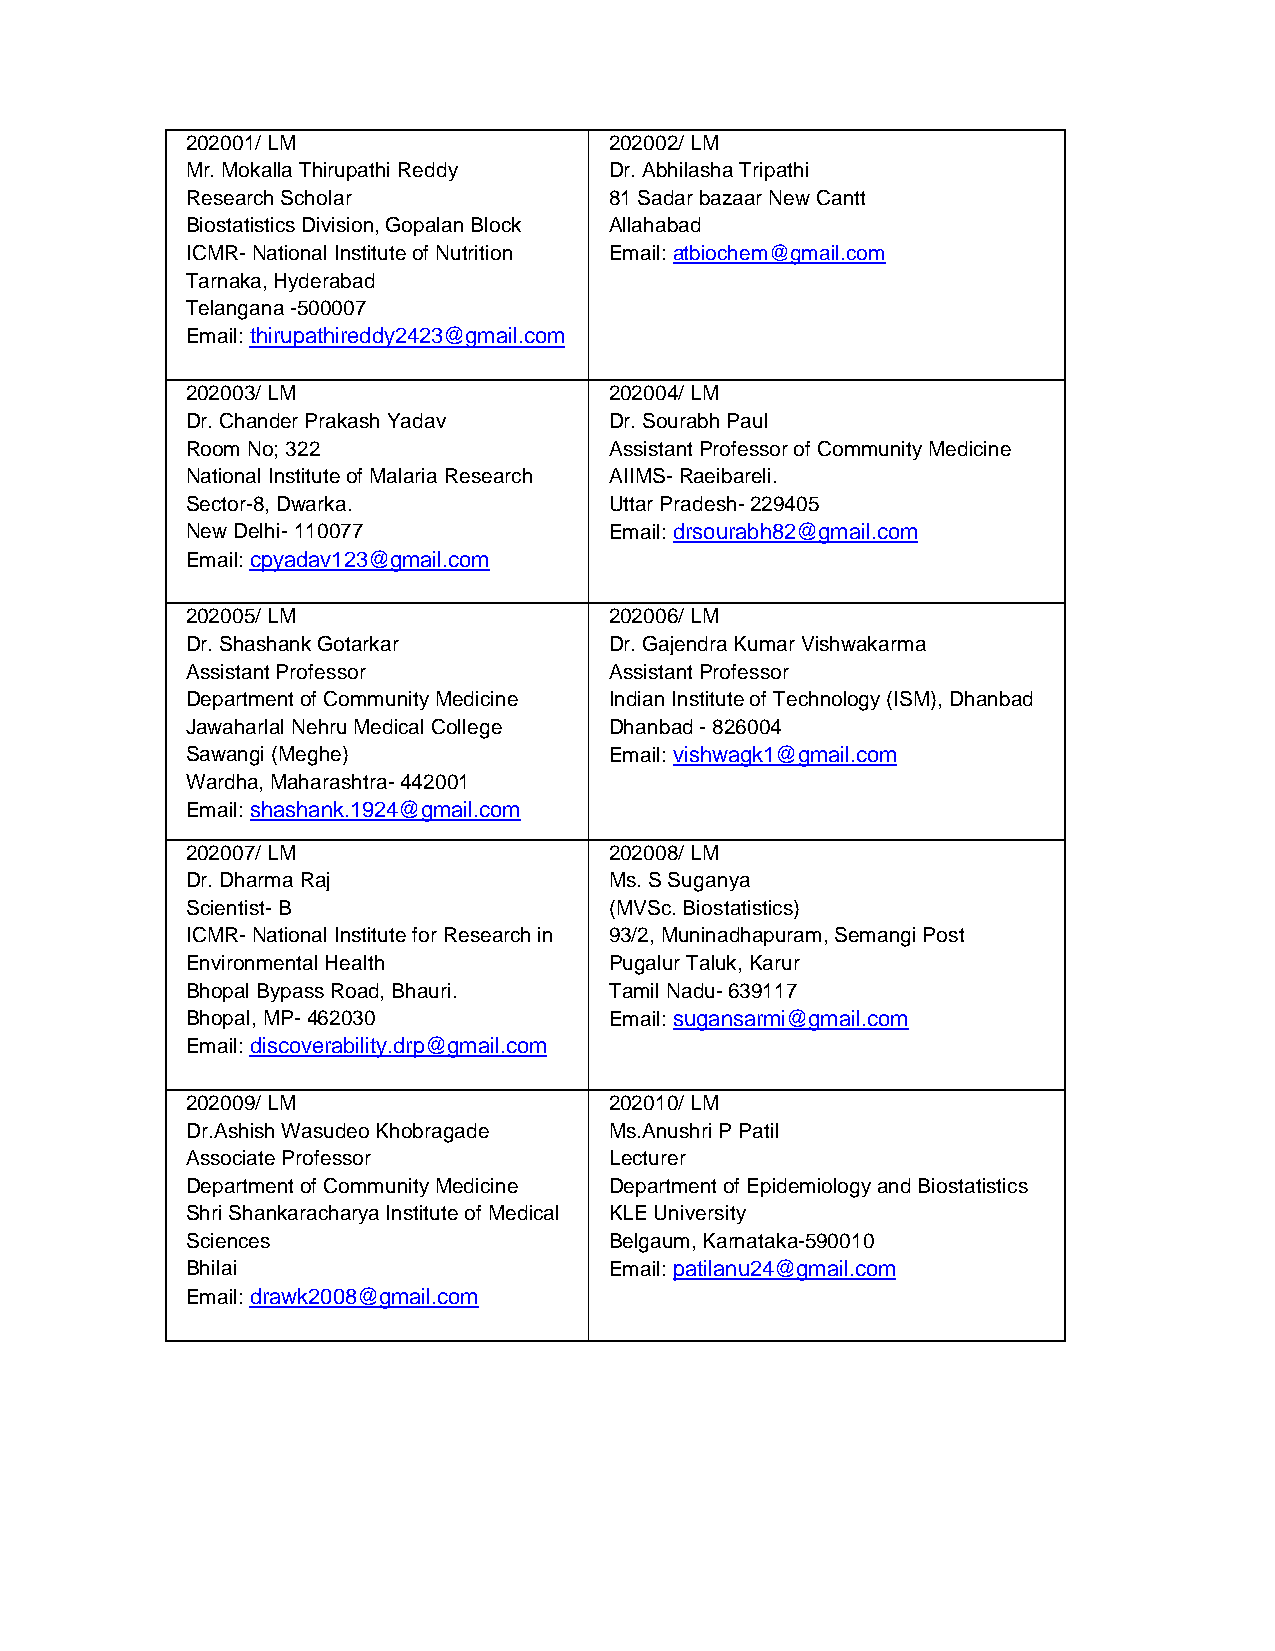
202001/ LM                  202002/ LM
 Mr. Mokalla Thirupathi Reddy Dr. Abhilasha Tripathi
 Research Scholar            81 Sadar bazaar New Cantt
 Biostatistics Division, Gopalan Block Allahabad
 ICMR- National Institute of Nutrition Email: atbiochem@gmail.com
 Tarnaka, Hyderabad
 Telangana -500007
 Email: thirupathireddy2423@gmail.com
 202003/ LM                  202004/ LM
 Dr. Chander Prakash Yadav   Dr. Sourabh Paul
 Room No; 322                Assistant Professor of Community Medicine
 National Institute of Malaria Research AIIMS- Raeibareli.
 Sector-8, Dwarka.           Uttar Pradesh- 229405
 New Delhi- 110077           Email: drsourabh82@gmail.com
 Email: cpyadav123@gmail.com
 202005/ LM                  202006/ LM
 Dr. Shashank Gotarkar       Dr. Gajendra Kumar Vishwakarma
 Assistant Professor         Assistant Professor
 Department of Community Medicine Indian Institute of Technology (ISM), Dhanbad
 Jawaharlal Nehru Medical College Dhanbad - 826004
 Sawangi (Meghe)             Email: vishwagk1@gmail.com
 Wardha, Maharashtra- 442001
 Email: shashank.1924@gmail.com
 202007/ LM                  202008/ LM
 Dr. Dharma Raj              Ms. S Suganya
 Scientist- B                (MVSc. Biostatistics)
 ICMR- National Institute for Research in 93/2, Muninadhapuram, Semangi Post
 Environmental Health        Pugalur Taluk, Karur
 Bhopal Bypass Road, Bhauri. Tamil Nadu- 639117
 Bhopal, MP- 462030          Email: sugansarmi@gmail.com
 Email: discoverability.drp@gmail.com
 202009/ LM                  202010/ LM
 Dr.Ashish Wasudeo Khobragade Ms.Anushri P Patil
 Associate Professor         Lecturer
 Department of Community Medicine Department of Epidemiology and Biostatistics
 Shri Shankaracharya Institute of Medical KLE University
 Sciences                    Belgaum, Karnataka-590010
 Bhilai                      Email: patilanu24@gmail.com
 Email: drawk2008@gmail.com